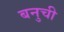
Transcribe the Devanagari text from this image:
बनुची